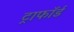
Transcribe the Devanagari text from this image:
ट्राफॉर्ड